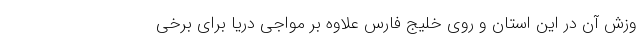
وزش آن در این استان و روی خلیج فارس علاوه بر مواجی دریا برای برخی